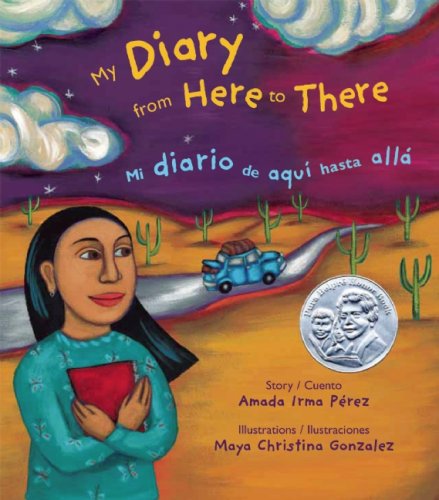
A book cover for My Diary from Here to There: Mi diario de aqui hasta alla (English and Spanish Edition); Amada Irma PÃ©rez; Children's Books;